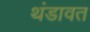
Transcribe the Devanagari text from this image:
थंडावत